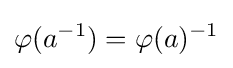
\varphi (a^{-1})=\varphi (a)^{-1}